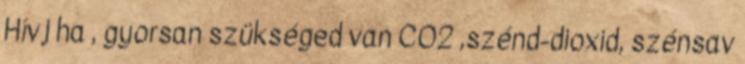
Hívj ha , gyorsan szükséged van CO2 ,szénd-dioxid, szénsav